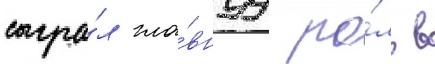
сыгра́л гла́внуу ро́ль в